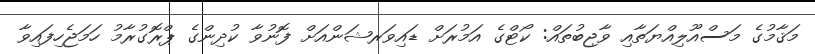
މަޤާމުގެ މަސްއޫލިއްޔަތާއި ވާޖިބުތައް: ކޯޓްގެ އަމުރަށް ޑައިވަރޝަންއަށް ފޮނުވާ ކުދިންގެ ޕްރޮގުރާމު ހަމަޖެހިފައިވާ